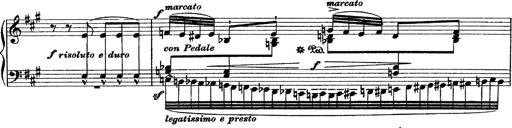
Title: Grande fantasie di bravura sur La clochette
Composer: Franz Liszt
Key: A minor